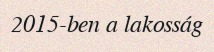
2015-ben a lakosság